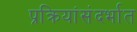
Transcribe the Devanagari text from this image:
प्रक्रियांसंदर्भात